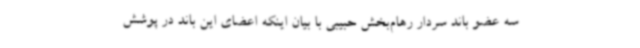
سه عضو باند سردار رهام‌بخش حبیبی با بیان اینکه اعضای این باند در پوشش